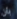
بأن